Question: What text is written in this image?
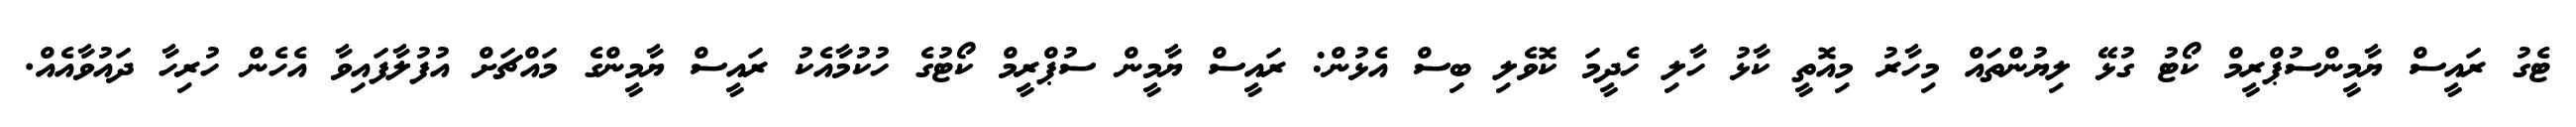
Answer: ޓެގު ރައީސް ޔާމީންސުޕްރީމް ކޯޓު ގުޅޭ ލިޔުންތައް މިހާރު މިއޮތީ ކާޅު ހާލި ހެދީމަ ކޮވެލި ބިސް އެޅުން: ރައީސް ޔާމީން ސުޕްރީމް ކޯޓުގެ ހުކުމާއެކު ރައީސް ޔާމީންގެ މައްޗަށް އުފުލާފައިވާ އެހެން ހުރިހާ ދައުވާއެއް.